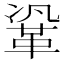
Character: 𮧗